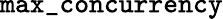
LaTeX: \mathtt{max\_ concurrency}